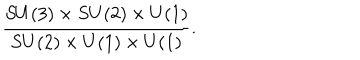
{ \frac { S U ( 3 ) \times S U ( 2 ) \times U ( 1 ) } { S U ( 2 ) \times U ( 1 ) \times U ( 1 ) } } .